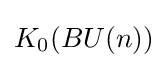
K_{0}(BU(n))